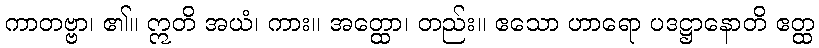
ကာတဗ္ဗာ၊ ၏။ ဣတိ အယံ၊ ကား။ အတ္ထော၊ တည်း။ ဧသော ဟာရော ပဒဋ္ဌာနောတိ ဧတ္ထ